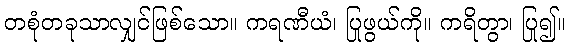
တစုံတခုသာလျှင်ဖြစ်သော။ ကရဏီယံ၊ ပြုဖွယ်ကို။ ကရိတွာ၊ ပြု၍။